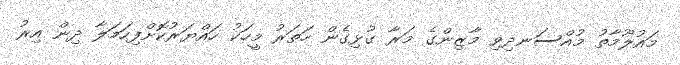
މައުލޫމާތު މުއްސަނދިވި މާޒިންގެ މަރާ ގުޅިގެން ހަތަރު މީހަކު ހައްޔަރުކޮށްފިހަމަލާ ދިން އިރު